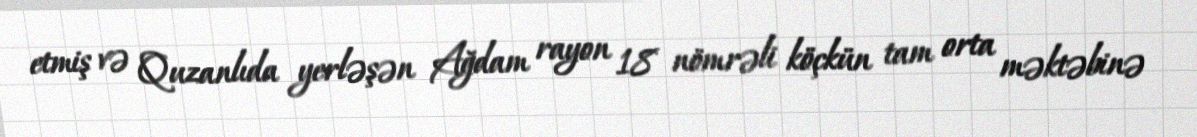
etmiş və Quzanlıda yerləşən Ağdam rayon 18 nömrəli köçkün tam orta məktəbinə